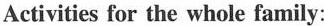
Activities for the whole family: